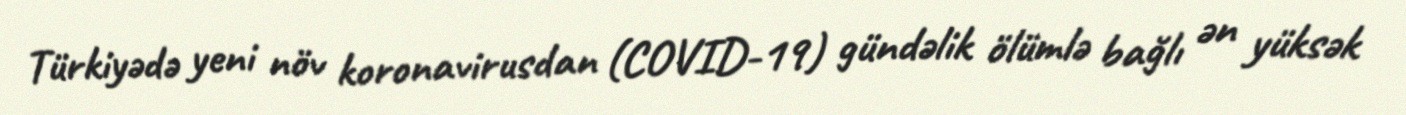
Türkiyədə yeni növ koronavirusdan (COVID-19) gündəlik ölümlə bağlı ən yüksək